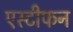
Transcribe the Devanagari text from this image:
एस्टीफन